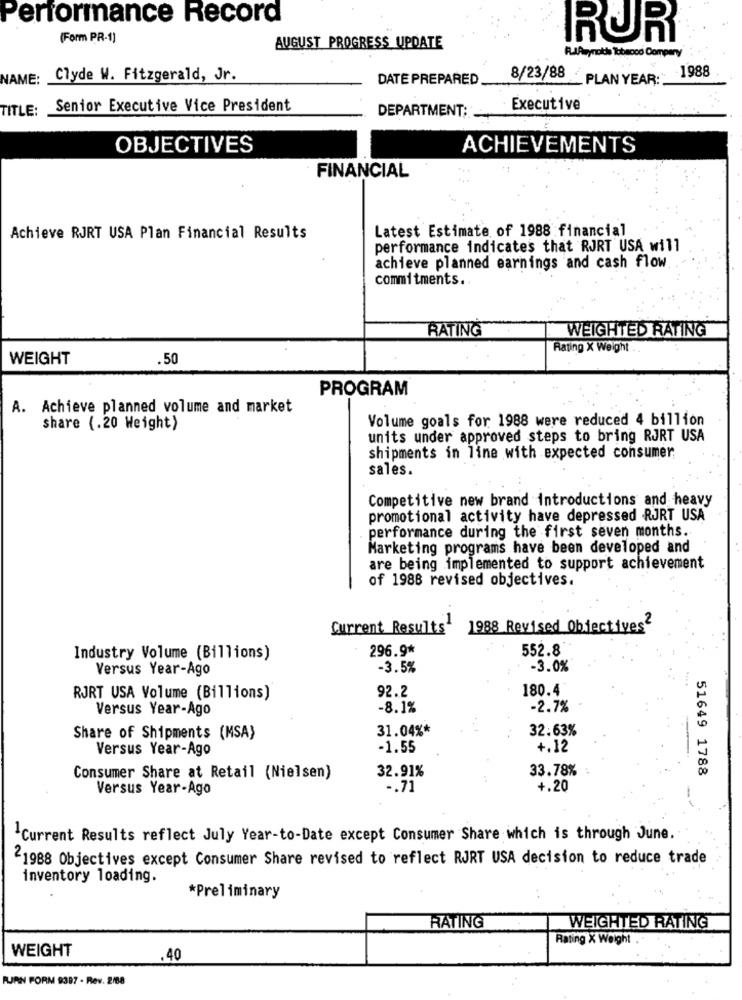
Performance Record
(Form PR-1)
IRUR
AUGUST PROGRESS UPDATE
RuaAmynotis Tobacco Company
NAME: Clyde W. Fitzgerald, Jr.
DATE PREPARED
8/23/88 PLAN YEAR:
.1988
TITLE:
Senior Executive Vice President
Executive
DEPARTMENT;
OBJECTIVES
ACHIEVEMENTS
FINANCIAL
Latest Estimate of 1988 financial
Achieve RJRT USA Plan Financial Results
performance indicates that RJRT USA will
achieve planned earnings and cash flow
commitments.
RATING
WEIGHTED RATING
Rating x weight ..
WEIGHT
.50
PROGRAM
A. Achieve planned volume and market
Volume goals for 1988 were reduced 4 billion
share (.20 Weight)
units under approved steps to bring RJRT USA
shipments in line with expected consumer;
sales.
Competitive new brand introductions and heavy
promotional activity have depressed RJRT USA
performance during the first seven months.
Marketing programs have been developed and
are being implemented to support achievement
of 1988 revised objectives.
Current Results
1988 Revised Objectives2
296.9*
552.8
Industry Volume (Billions)
Versus Year-Ago
-3.5%
-3.0%
92.2
180.4
RJRT USA Volume (Billions)
Versus Year-Ago
-8.1%
-2.7%
31.04%*
32.63%
Share of Shipments (MSA)
Versus Year-Ago
-1.55
+.12
32.91%
33.78%
51649 1788
Consumer Share at Retail (Nielsen)
Versus Year-Ago
-. 71
+.20
Current Results reflect July Year-to-Date except Consumer Share which is through June.
1988 Objectives except Consumer Share revised to reflect RJRT USA decision to reduce trade
inventory loading.
*Preliminary
RATING
WEIGHTED RATING
Rating X Weight
WEIGHT
.40
RJAN FORM 9397 - Rev. 2/88